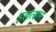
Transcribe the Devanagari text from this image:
इखत्सान